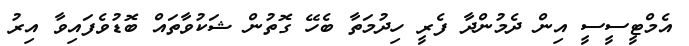
އެމްޓީސީސީ އިން ދެމުންދާ ފެރީ ހިދުމަތާ ބެހޭ ގޮތުން ޝަކުވާތައް ބޮޑުވެފައިވާ އިރު